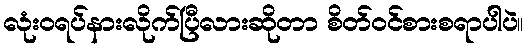
လုံးဝရပ်နားလိုက်ပြီလားဆိုတာ စိတ်ဝင်စားစရာပါပဲ။